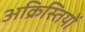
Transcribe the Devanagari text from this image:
अक्रिस्तियों